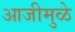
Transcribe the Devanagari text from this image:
आजीमुळे